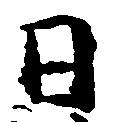
日